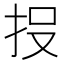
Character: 𭠘